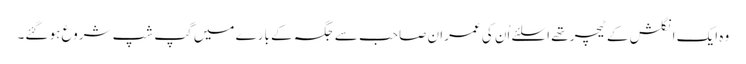
وہ ایک انگلش کے ٹیچر تھے اسلئے اُن کی عمران صاحب سے جگہ کے بارے میں گپ شپ شروع ہو گئے۔